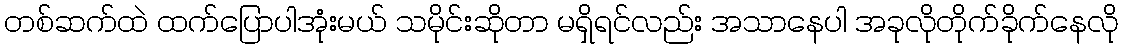
တစ်ဆက်ထဲ ထက်ပြောပါအုံးမယ် သမိုင်းဆိုတာ မရှိရင်လည်း အသာနေပါ အခုလိုတိုက်ခိုက်နေလို